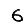
Digit: 6